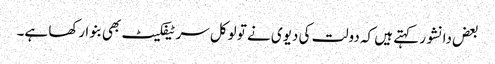
بعض دانشور کہتے ہیں کہ دولت کی دیوی نے تو لوکل سر ٹیفکیٹ بھی بنوا رکھا ہے۔